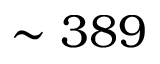
\sim 3 8 9